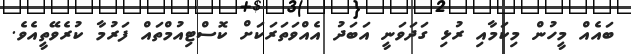
ބައެއް މީހުން މިކަމާއި ރުޅި ގަދަވަނީ އަބަދު އެއްވަތަރަކަށް ކޮސްޓިއުމްތައް ފަރުމާ ކުރެވޭތީއެވެ.